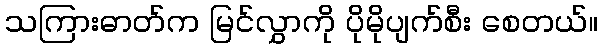
သကြားဓာတ်က မြင်လွှာကို ပိုမိုပျက်စီး စေတယ်။